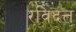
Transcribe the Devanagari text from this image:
रविदत्त